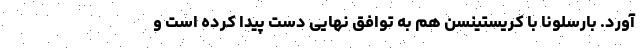
آورد. بارسلونا با کریستینسن هم به توافق نهایی دست پیدا کرده است و